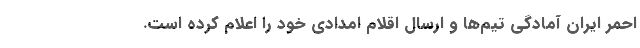
احمر ایران آمادگی تیم‌ها و ارسال اقلام امدادی خود را اعلام کرده است.